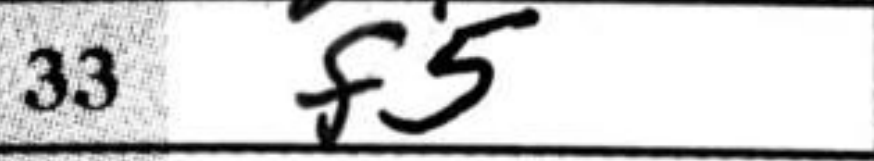
Transcription: f5